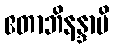
ဧတာဘိနန္ဒာမိ